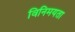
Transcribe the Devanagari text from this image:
विनिमयता